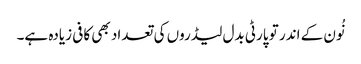
نُون کے اندر تو پارٹی بدل لیڈروں کی تعداد بھی کافی زیادہ ہے۔